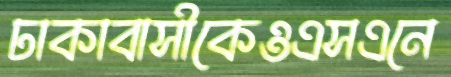
ঢাকাবাসীকেওএসএনে